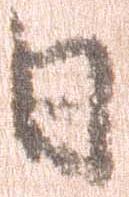
日